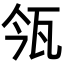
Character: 𤬰